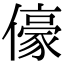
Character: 儫